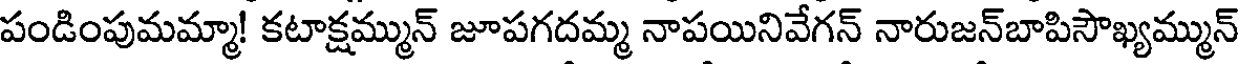
పండింపుమమ్మా! కటాక్షమ్మున్ జూపగదమ్మ నాపయినివేగన్ నారుజన్బాపిసౌఖ్యమ్మున్